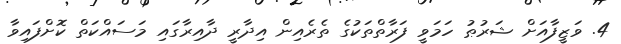
4. ވަޒީފާއަށް ޝަރުޠު ހަމަވީ ފަރާތްތަކުގެ ތެރެއިން އިދާރީ ދާއިރާގައި މަސައްކަތް ކޮށްފައިވާ